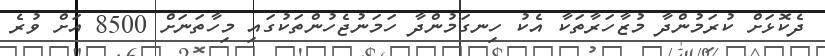
ދެކޮޅަށް ކުރަމުންދާ މުޒާހަރާތަކާ އެކު ހިނގަމުންދާ ހަމަނުޖެހުންތަކުގައި މިހާތަނަށް 8500 އަށް ވުރެ